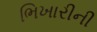
ભિખારીની